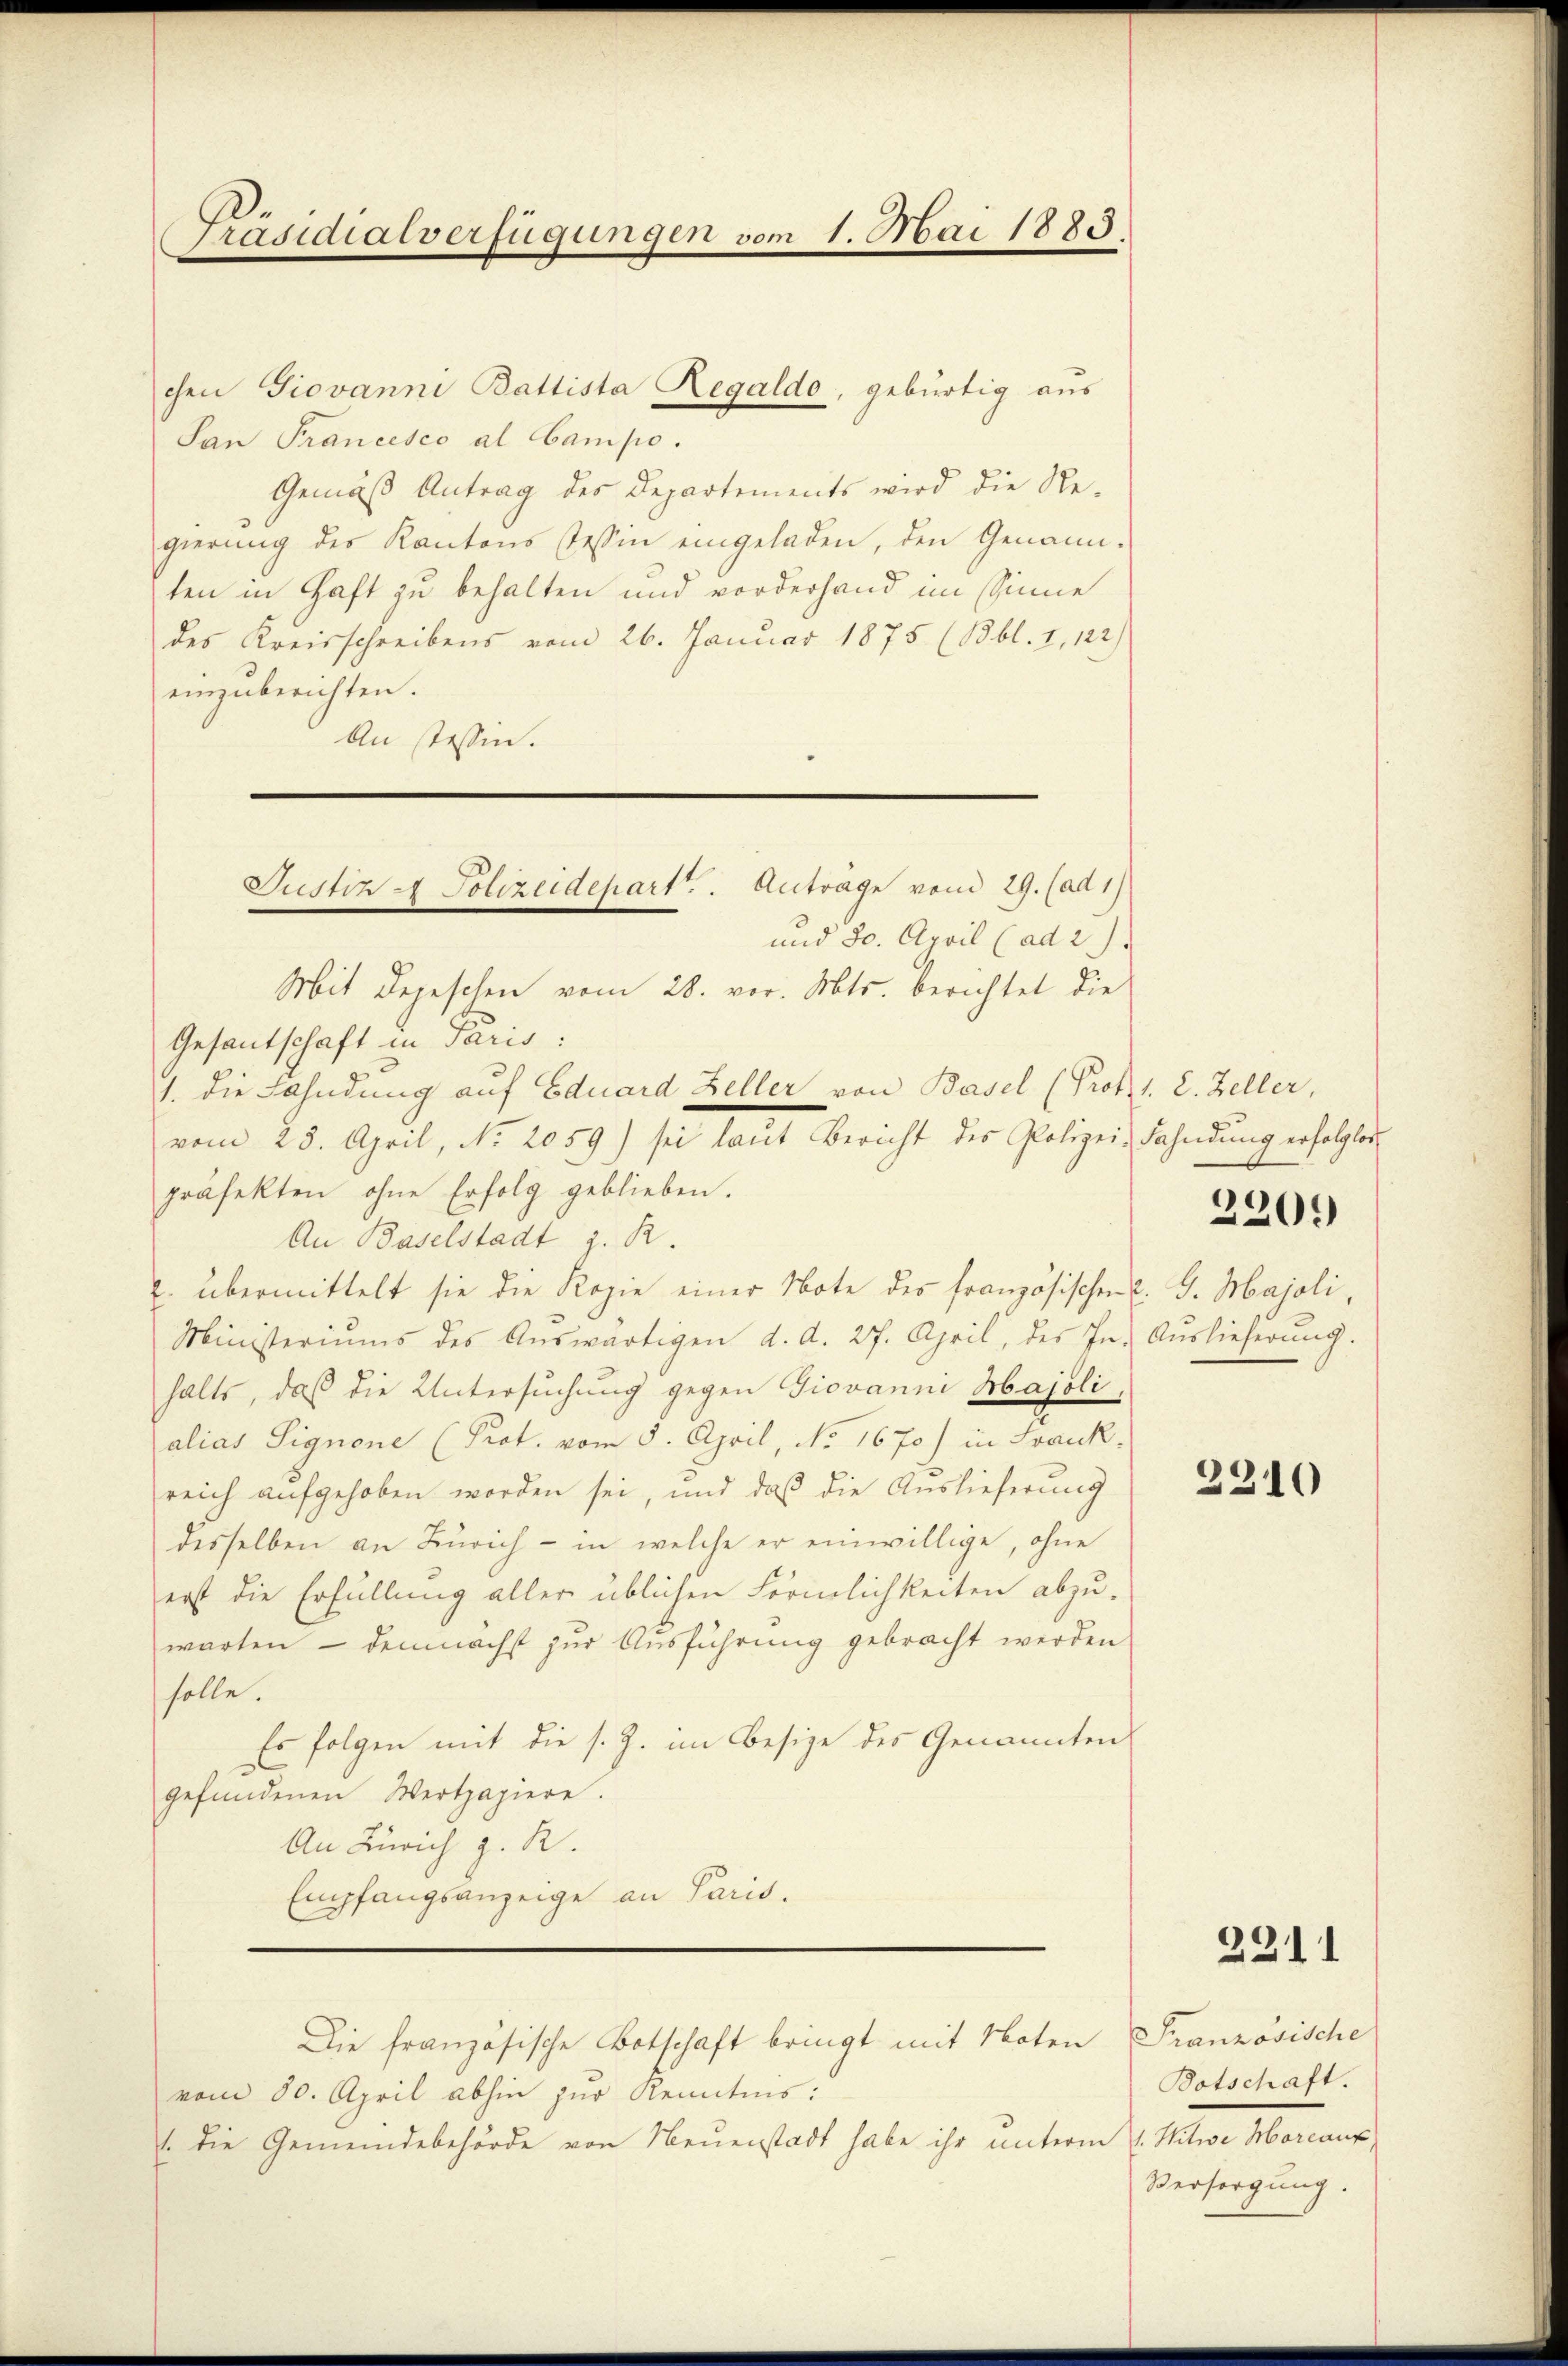
Präsidialverfügungen vom 1. Mai 1885.

chen Giovanni Battista Regaldo, gebürtig aus
San Francesco al Campo.
Gemäß Antrag des Departements wird die Re-
gierung des Kantons Tessin eingeladen, den Genannten in Haft zu behalten und vorderhand im Sinne
des Kreisschreibens vom 26. Januar 1875 (Bbl. I, 122)
einzuberichten.
An Tessin.
Mit Depeschen vom 28. vor. Mts. berichtet die
Gesantschaft in Paris.
1. Die Fahndung auf Eduard Zeller von Basel (Protz 1. 2. Zeller,
vom 25. April, No. 2059) sei laut Bericht des Polizei- Fahndung erfolglos
präfekten ohne Erfolg geblieben.
An Baselstadt z. R.
übermittelt sie die Kopie einer Note des französischen E. G. Majoli,
f.
Ministeriums des Aŭswärtigen d. d. 27. April, des In. Auslieferŭng.
halts, daß die Untersuchung gegen Giovanni Majoli,
alias Signone (Prot. vom 8. April, No. 1670) in Frauk
reich aufgehoben worden sei, und daß die Auslieferung
desselben an Zürich - in welche er einwillige, ohne
erst die Erfüllung aller üblichen Förmlichkeiten abzuwarten - demnächst zur Ausführung gebracht werden
solle.
Es folgen mit die s. Z. im Besize des Genannten
gefundenen Wertpapiere.
An Zürich z. R.
Empfangsanzeige an Paris.
Die französische Botschaft bringt mit Noten
vom 30. April abhin zur Kenntnis:
1. die Gemeindebehörde von Neuenstadt habe ihr unterm 1. Witwe Morcauz

Justiz - Polizeidepart. Anträge von 29. (ad 17
und 30. April (ad 2.

2209

2210

2311

Französische
Botschaft.
Versorgung.